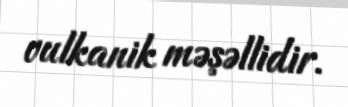
vulkanik məşəllidir.